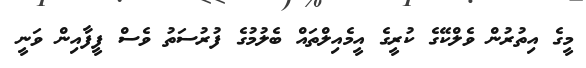
މީގެ އިތުރުން ވެލްކޭގެ ކުރީގެ އީމެއިލްތައް ބެލުމުގެ ފުރުސަތު ވެސް ފީފާއިން ވަނީ